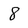
Character: 8